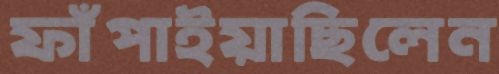
ফাঁপাইয়াছিলেন